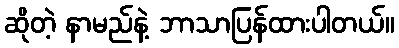
ဆိုတဲ့ နာမည်နဲ့ ဘာသာပြန်ထားပါတယ်။